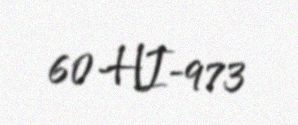
60-HI-973